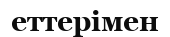
еттерімен